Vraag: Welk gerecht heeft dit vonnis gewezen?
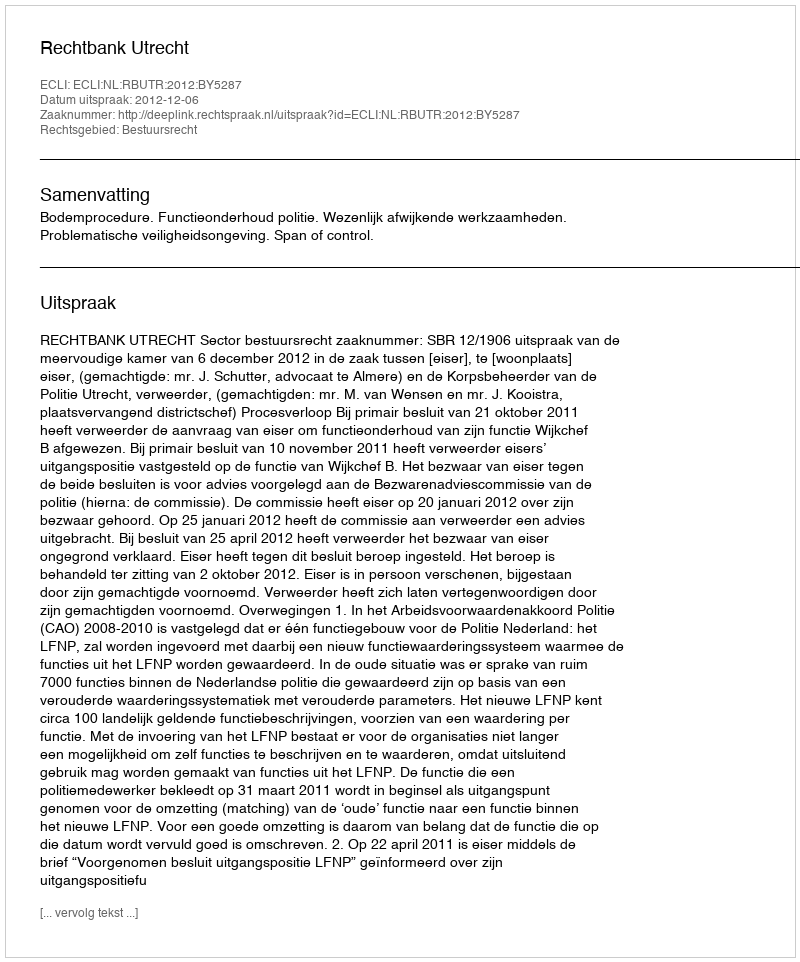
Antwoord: Rechtbank Utrecht